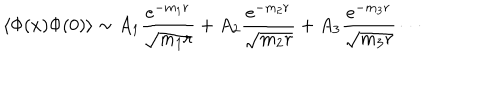
\langle \Phi ( x ) \Phi ( 0 ) \rangle \sim A _ { 1 } \frac { e ^ { - m _ { 1 } r } } { \sqrt { m _ { 1 } r } } + A _ { 2 } \frac { e ^ { - m _ { 2 } r } } { \sqrt { m _ { 2 } r } } + A _ { 3 } \frac { e ^ { - m _ { 3 } r } } { \sqrt { m _ { 3 } r } } \cdots